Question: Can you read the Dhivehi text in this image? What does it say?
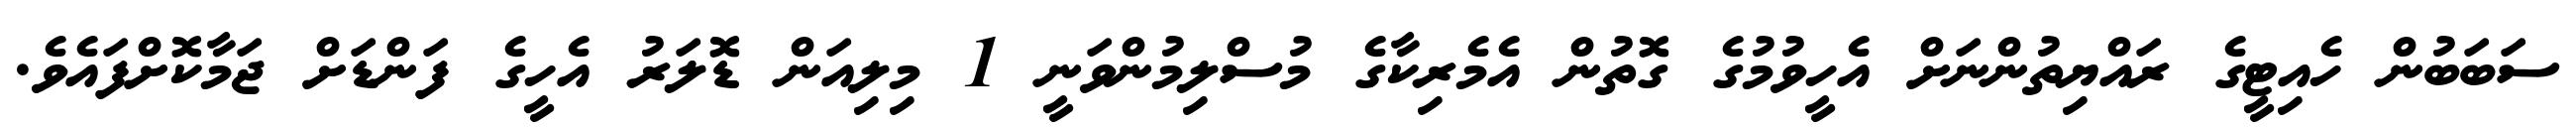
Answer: ސަބަބުން ހެއިޓީގެ ރައްޔިތުންނަށް އެހީވުމުގެ ގޮތުން އެމެރިކާގެ މުސްލިމުންވަނީ 1 މިލިއަން ޑޮލަރު އެހީގެ ފަންޑަށް ޖަމާކޮށްފައެވެ.